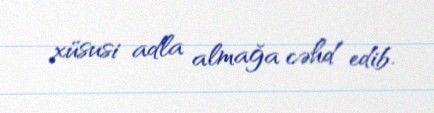
xüsusi adla almağa cəhd edib.